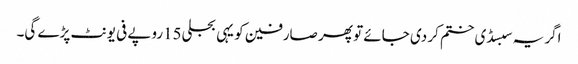
اگر یہ سبسڈی ختم کر دی جائے تو پھر صارفین کو یہی بجلی15روپے فی یونٹ پڑے گی۔